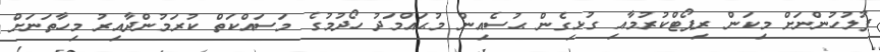
ފުލުހުންނަށް މިކަން ރިޕޯޓްކުރުމާއި ގުޅިގެން ޙުސެއިން މުޙައްމަދު ހޯދުމުގެ މަސައްކަތް ކުރަމުންދާއިރު މިހާތަނަށް